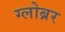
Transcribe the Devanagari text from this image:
ग्लोब्रर